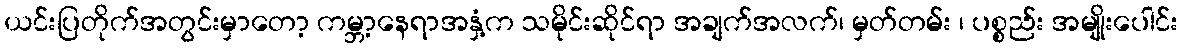
ယင်းပြတိုက်အတွင်းမှာတော့ ကမ္ဘာ့နေရာအနှံ့က သမိုင်းဆိုင်ရာ အချက်အလက်၊ မှတ်တမ်း ၊ ပစ္စည်း အမျိုးပေါင်း